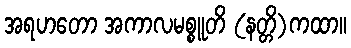
အရဟတော အကာလမစ္စူတိ (နတ္တိ)ကထာ။